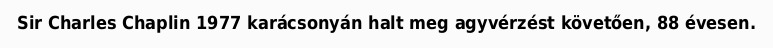
Sir Charles Chaplin 1977 karácsonyán halt meg agyvérzést követően, 88 évesen.